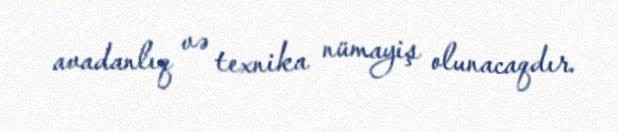
avadanlıq və texnika nümayiş olunacaqdır.